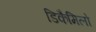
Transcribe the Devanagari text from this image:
डिकैमिलो